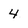
Character: 4